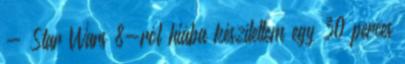
- Star Wars 8-ról hiába készítettem egy 30 perces